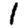
Digit: 1